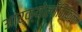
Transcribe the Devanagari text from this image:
आर्क्योलॉजिकल